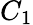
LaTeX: C_{1}